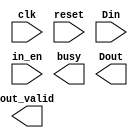
module LMFE ( clk, reset, Din, in_en, busy, out_valid, Dout);
input   clk;
input   reset;
input   in_en;
output  busy;
output  out_valid;
input   [7:0]  Din;
output  [7:0]  Dout;

endmodule